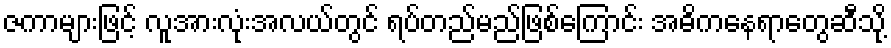
ဇကာများဖြင့် လူအားလုံးအလယ်တွင် ရပ်တည်မည်ဖြစ်ကြောင်း အဓိကနေရာတွေဆီသို့